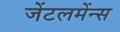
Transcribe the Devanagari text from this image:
जेंटलमेंन्स